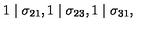
1 \mid \sigma _ { 2 1 } , 1 \mid \sigma _ { 2 3 } , 1 \mid \sigma _ { 3 1 } ,